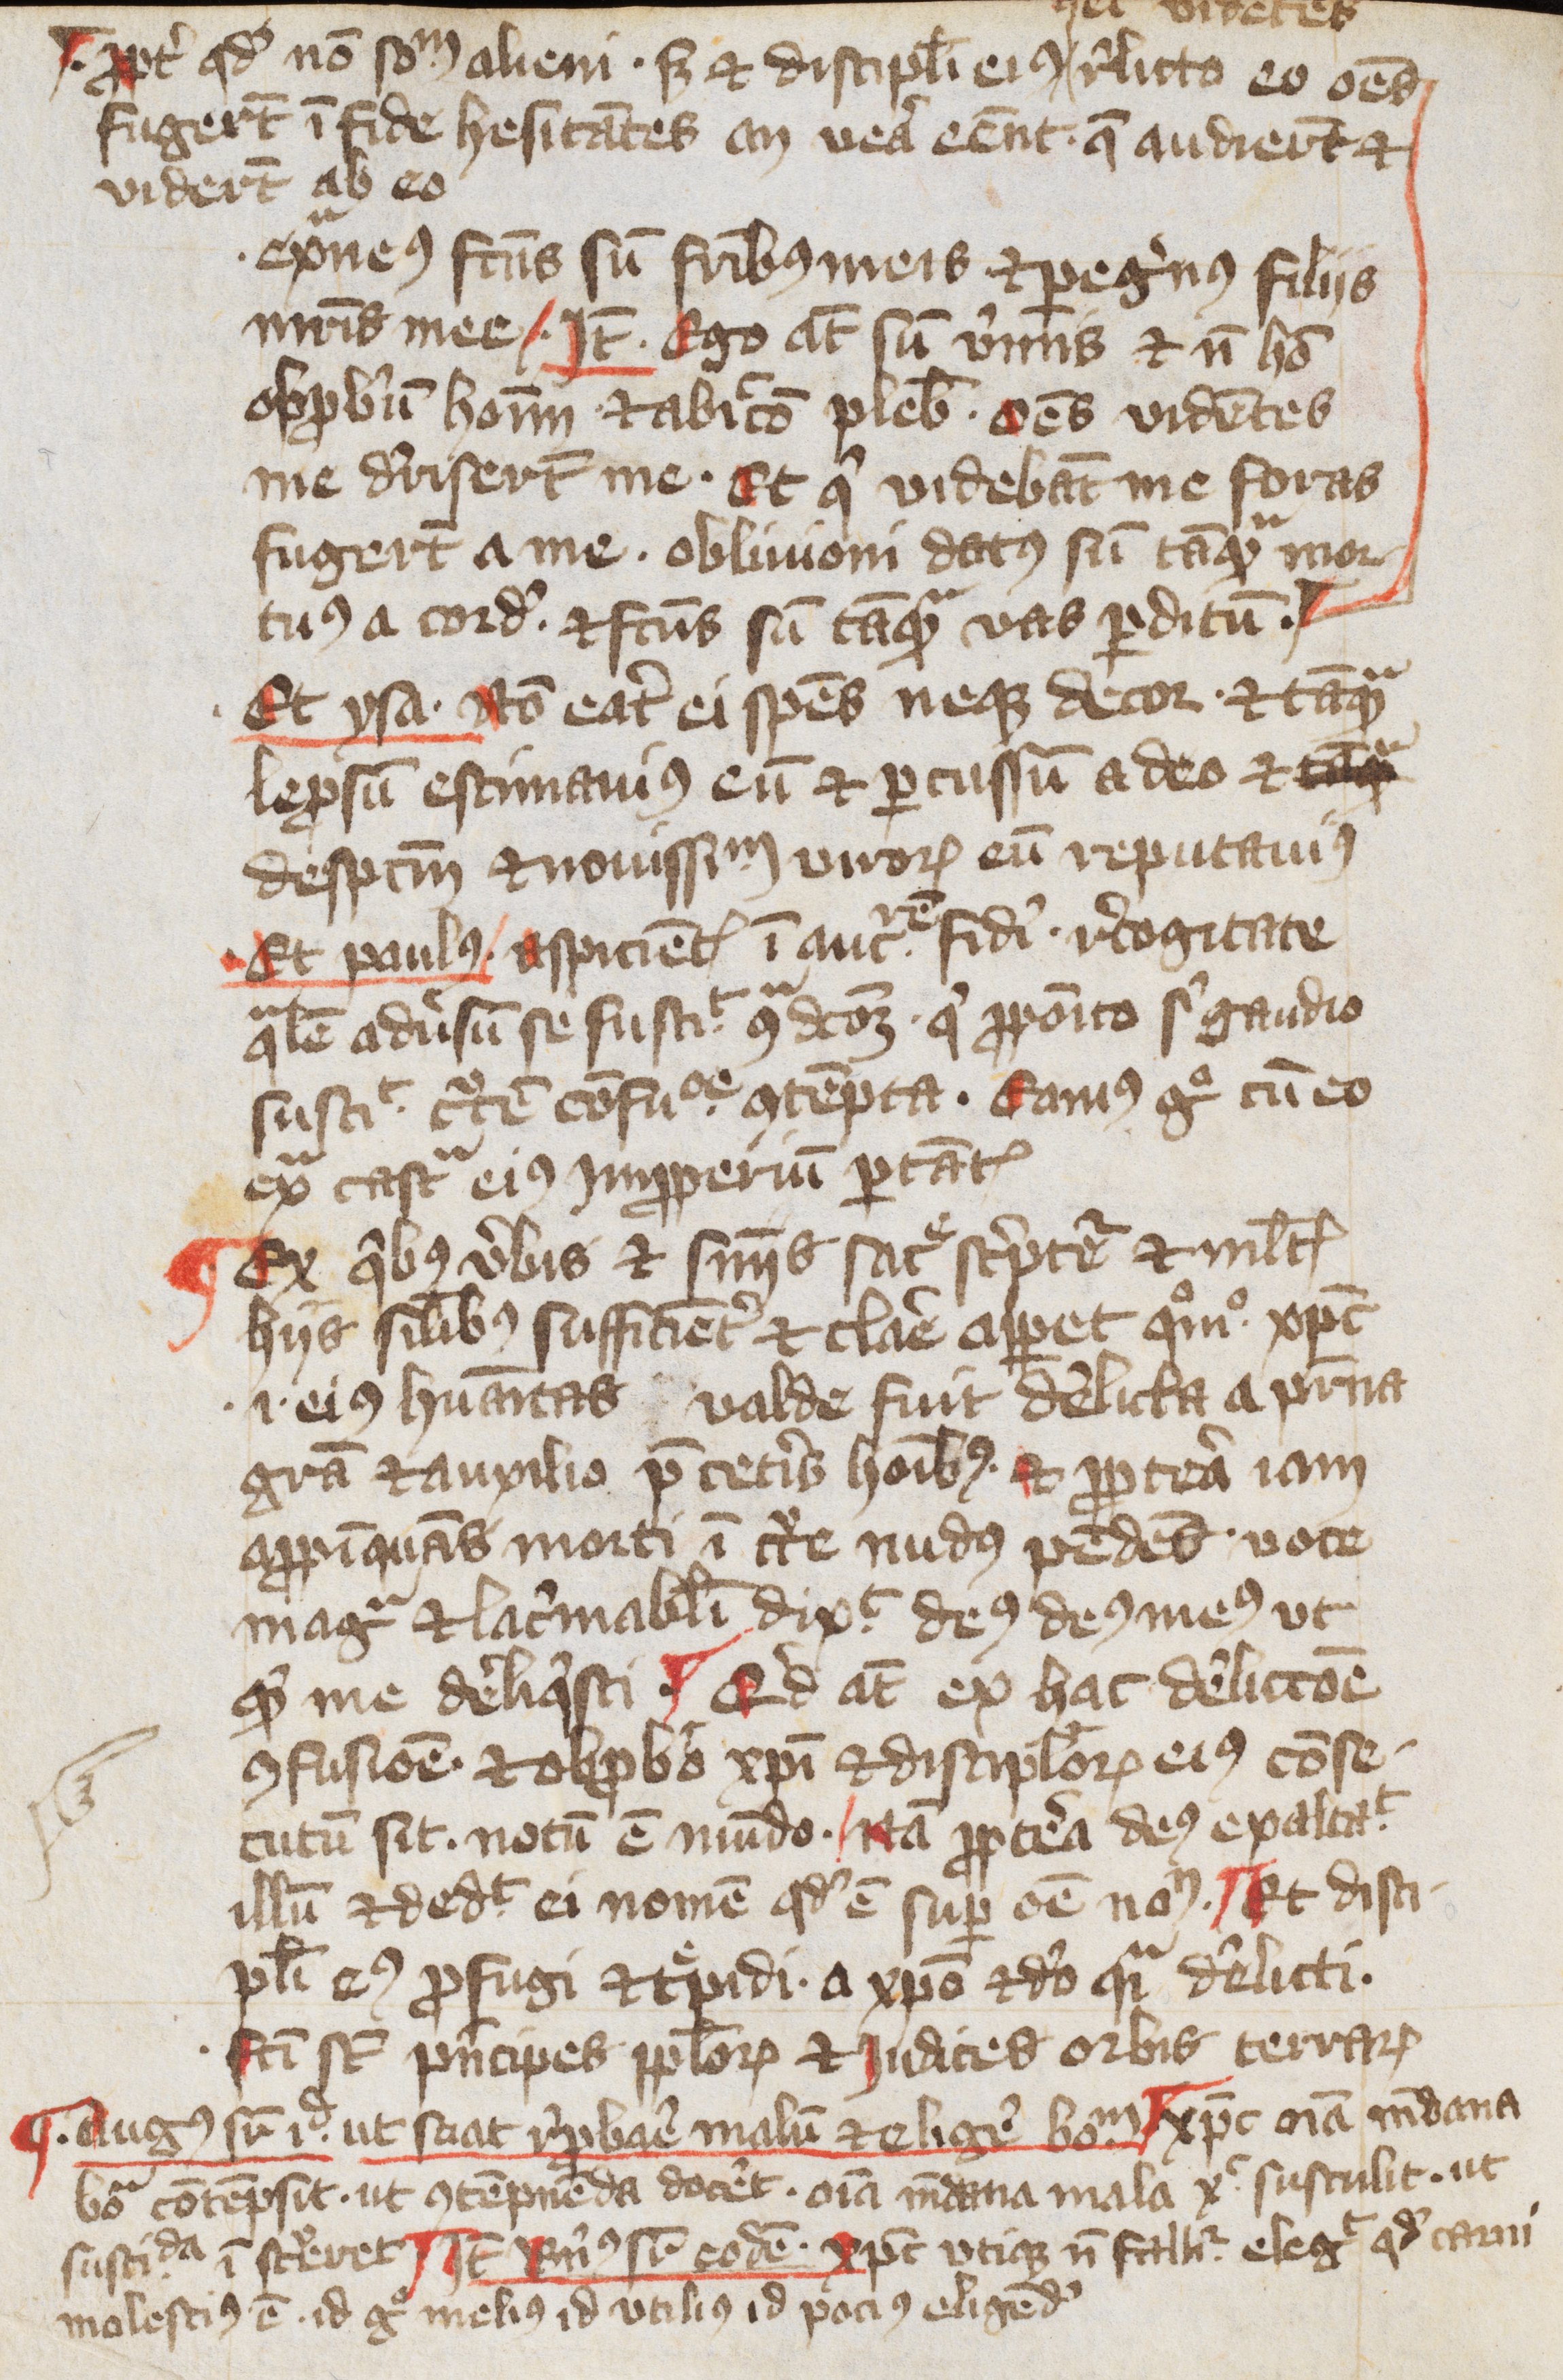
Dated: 1400–1499